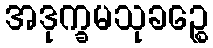
အဒုက္ခမသုခဉ္စေ